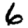
Digit: 6